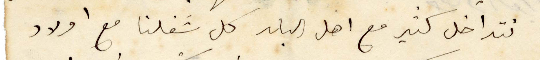
خل كتير مع اهل البلد كل شغلنا مع أولاد